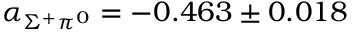
\alpha _ { \Sigma ^ { + } \pi ^ { 0 } } = - 0 . 4 6 3 \pm 0 . 0 1 8